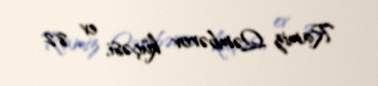
Ramiz Qəmbərov küçəsi, ev 82